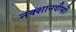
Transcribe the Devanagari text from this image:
नक्शानवीसों